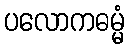
ပလောကဓမ္မံ